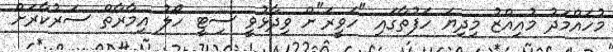
މުހައްމަދު މުއިއްޒު މިދިޔަ ހަފުތާގައި "ހަވީރަ"ށް ވިދާޅުވީ ސިޓީ ހޯލު އިމާރާތް ސަރުކާރަށް